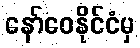
နော်ဝေနိုင်ငံမှ